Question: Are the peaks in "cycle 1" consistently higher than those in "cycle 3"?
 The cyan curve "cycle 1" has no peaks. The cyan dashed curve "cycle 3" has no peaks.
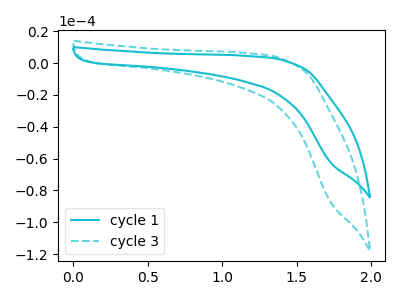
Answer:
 <answer>Niether CV has any peaks.</answer>
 <eval>blanks</eval>